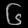
Digit: ၆